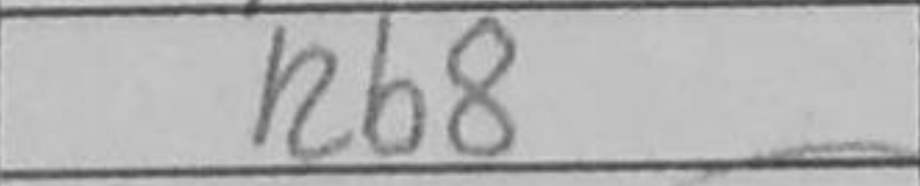
Transcription: Rb8